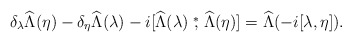
\begin{align*}\delta_\lambda\widehat\Lambda(\eta)-\delta_\eta\widehat\Lambda(\lambda)-i[\widehat\Lambda(\lambda)\stackrel{*}{,}\widehat\Lambda(\eta)]=\widehat\Lambda(-i[\lambda,\eta]).\end{align*}